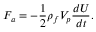
F _ { a } = - \frac { 1 } { 2 } \rho _ { f } V _ { p } \frac { d U } { d t } .